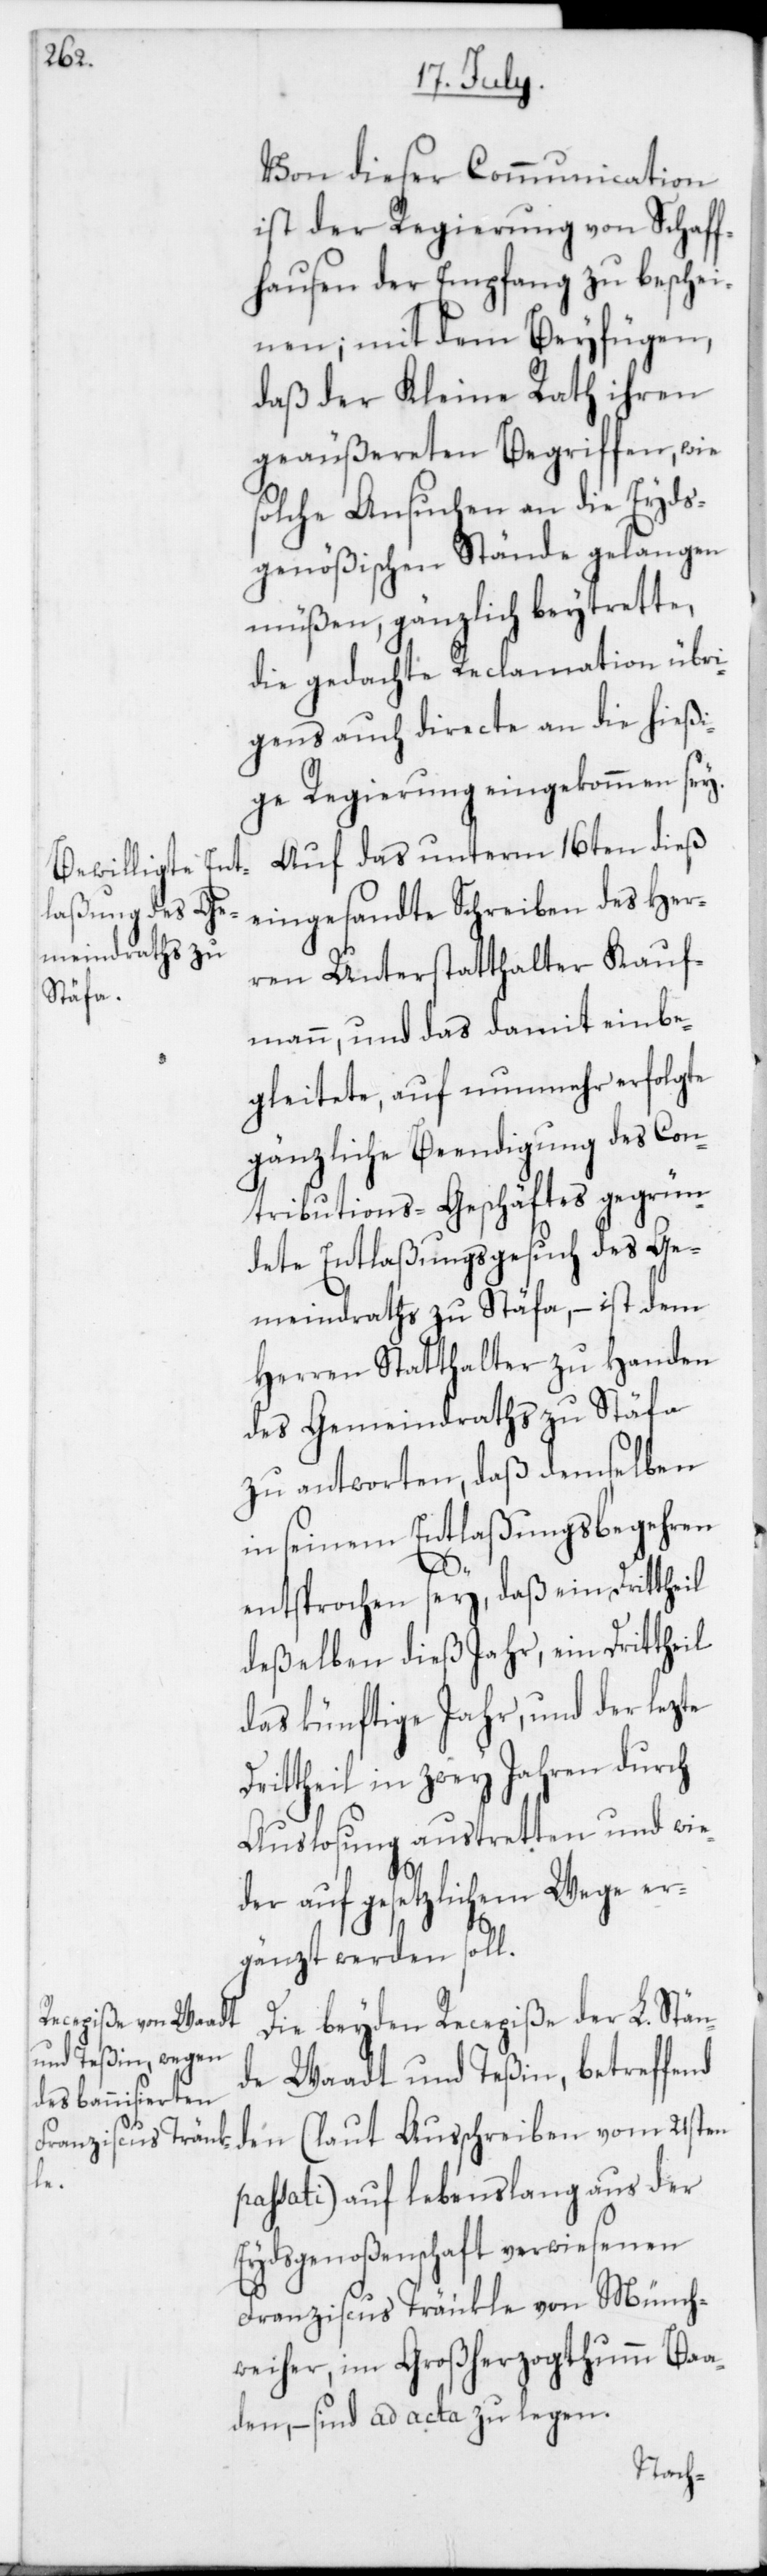
Von dieser Communication
ist der Regierung von Schaff¬
hausen der Empfang zu beschei¬
nen, mit dem Beyfügen,
daß der Kleine Rath ihren
geäußereten Begriffen, wie
solche Ansuchen an die Eyds¬
genößischen Stände gelangen
müßen, gänzlich beytrette,
die gedachte Reclamation übri¬
gens auch directe an die hießi¬
ge Regierung eingekommen sey.
Auf das unterm 16ten dieß
eingesandte Schreiben des Her¬
ren Unterstatthalter Kauf¬
mann, und das damit einbe¬
gleitete, auf nunmehr erfolgte
gänzliche Beendigung des Con¬
tributions-Geschäftes gegrün¬
dete Entlaßungsgesuch des Ge¬
meindraths zu Stäfa, – ist dem
Herren Statthalter zu Handen
des Gemeindraths zu Stäfa
zu antworten, daß demselben
in seinem Entlaßungsbegehren
D¬
entsprochen sey, daß ein Drittheil
deßelben dieß Jahr, ein Drittheil
das künftige Jahr, und der lezte
rittheil in zwey Jahren durch
Auslosung austretten und wie¬
der auf gesetzlichem Wege er¬
gänzt werden soll.
Die beyden Recepiße der L. Stän¬
de Waadt und Teßin, betreffend
den (laut Ausschreiben vom 21sten
passati) auf lebenslang aus der
Eydsgenoßenschaft verwiesenen
Franziscus Tränkle von Münch¬
weiher im Großherzogthumm Baa¬
den, – sind ad acta zu legen.